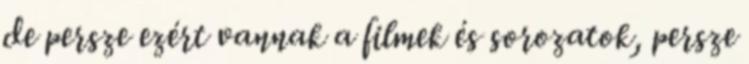
de persze ezért vannak a filmek és sorozatok, persze